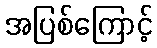
အပြစ်ကြောင့်